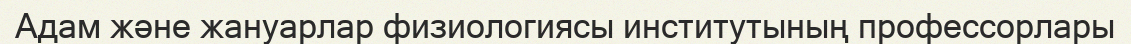
Адам және жануарлар физиологиясы институтының профессорлары